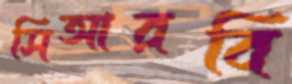
সিআরবি